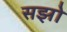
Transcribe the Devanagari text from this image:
सझो